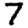
Digit: 7